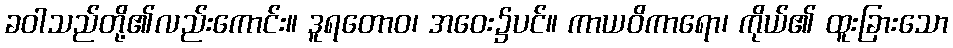
ခဝါသည်တို့၏လည်းကောင်း။ ဒူရတောဝ၊ အဝေး၌ပင်။ ကာယဝိကာရော၊ ကိုယ်၏ ထူးခြားသော